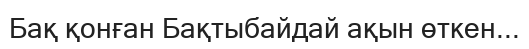
Бақ қонған Бақтыбайдай ақын өткен...